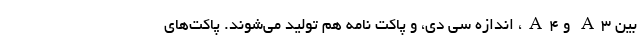
بین A3 و A4، اندازه سی دی، و پاکت نامه هم تولید می‌شوند. پاکت‌های